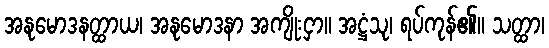
အနုမောဒနတ္ထာယ၊ အနုမောဒနာ အကျိုးငှာ။ အဋ္ဌံသု၊ ရပ်ကုန်၏။ သတ္ထာ၊